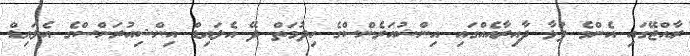
ރާއްޖޭގައި އެންމެ ފުޅާ ދާއިރާއެއްގައި އިންޝުއަރެންސްގެ ހިދުމަތް ދޭ އެލައިޑް އިންޝިއުރަންސްގެ އެލައިޑް